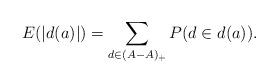
LaTeX: \begin{align*} E(|d(a)|) = \sum_{d \in (A-A)_+} P(d \in d(a)).\end{align*}